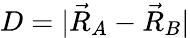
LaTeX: D=|\vec{R}_{A}-\vec{R}_{B}|